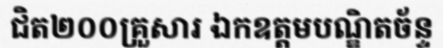
ជិត២០០គ្រួសារ ឯកឧត្តមបណ្ឌិតច័ន្ទ